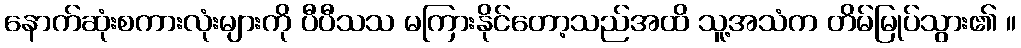
နောက်ဆုံးစကားလုံးများကို ပီပီသသ မကြားနိုင်တော့သည်အထိ သူ့အသံက တိမ်မြုပ်သွား၏ ။